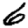
Digit: 6